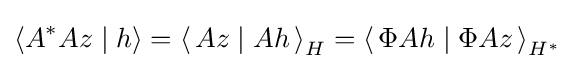
\left\langle A^{*}Az\mid h\right\rangle =\left\langle \,Az\mid Ah\,\right\rangle _{H}=\left\langle \,\Phi Ah\mid \Phi Az\,\right\rangle _{H^{*}}